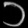
Digit: ၁